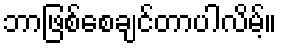
ဘာဖြစ်စေချင်တာပါလိမ့်။